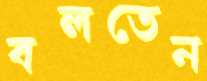
বলতেন